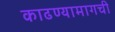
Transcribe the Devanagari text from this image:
काढण्यामागची